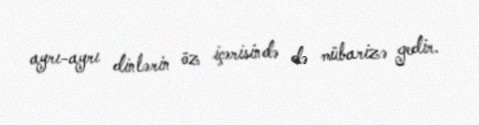
ayrı-ayrı dinlərin öz içərisində də mübarizə gedir.